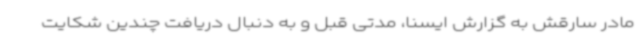
مادر سارقش به گزارش ایسنا، مدتی قبل و به دنبال دریافت چندین شکایت